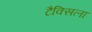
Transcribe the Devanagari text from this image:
टैक्सिला